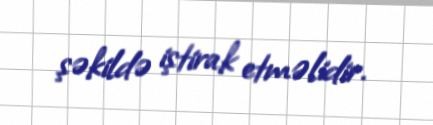
şəkildə iştirak etməlidir.